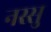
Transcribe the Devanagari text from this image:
नस्सु